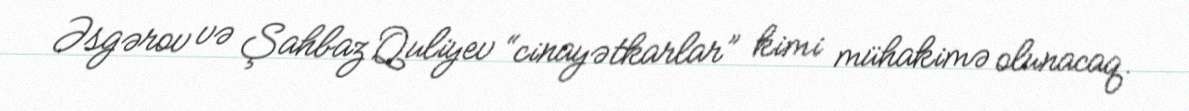
Əsgərov və Şahbaz Quliyev “cinayətkarlar” kimi mühakimə olunacaq.